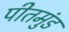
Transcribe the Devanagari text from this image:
पीतमुंड